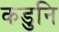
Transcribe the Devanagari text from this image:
कडुनि